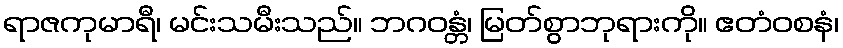
ရာဇကုမာရီ၊ မင်းသမီးသည်။ ဘဂဝန္တံ၊ မြတ်စွာဘုရားကို။ ဧတံဝစနံ၊